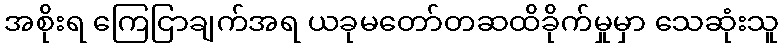
အစိုးရ ကြေငြာချက်အရ ယခုမတော်တဆထိခိုက်မှုမှာ သေဆုံးသူ